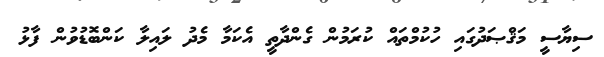
ސިޔާސީ މަޤްޞަދުގައި ހުކުމްތައް ކުރަމުން ގެންދާތީ އެކަމާ މެދު ލައިލާ ކަންބޮޑުވުން ފާޅު